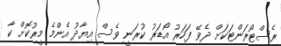
ރެސްޓޯރަންޓަކަށް ދެވޭ ފަހަރު އޯޑަރު ކުރަނީ ވެސް އިޔާދު އެންމެ މީރުކޮށް ކާ